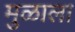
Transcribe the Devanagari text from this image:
मुळाला